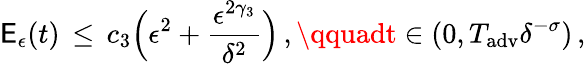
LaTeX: \mathsf{E}_{\epsilon}(t)\, \le\, c_{3}\Bigl(\epsilon^{2}+\frac{{\epsilon^{2\gamma_{3}}}}{{\delta^{2}}}\Bigr)\, ,\qquadt\in(0,T_{\mathrm{{adv}}}\delta^{-\sigma})\, ,